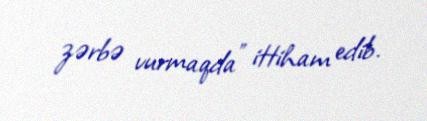
zərbə vurmaqda” ittiham edib.